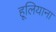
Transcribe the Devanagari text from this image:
हूलियाना